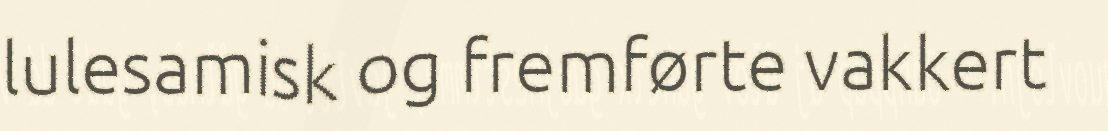
lulesamisk og fremførte vakkert